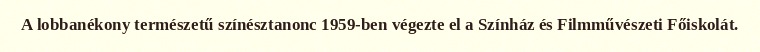
A lobbanékony természetű színésztanonc 1959-ben végezte el a Színház és Filmművészeti Főiskolát.